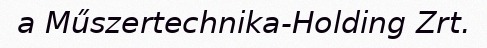
a Műszertechnika-Holding Zrt.